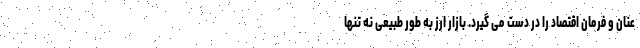
عنان و فرمان اقتصاد را در دست می گیرد. بازار ارز به طور طبیعی نه تنها